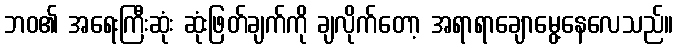
ဘဝ၏ အရေးကြီးဆုံး ဆုံးဖြတ်ချက်ကို ချလိုက်တော့ အရာရာချောမွေ့နေလေသည်။